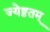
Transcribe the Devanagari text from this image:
ज्येष्ठतम्